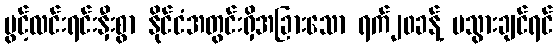
ပွင့်လင်းရင်းနှီးစွာ နိုင်ငံအတွင်းရှိအခြားသော ရက်၂၀ခန့် မသွားချင်ရင်